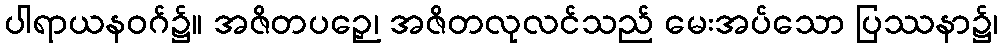
ပါရာယနဝဂ်၌။ အဇိတပဉှေ၊ အဇိတလုလင်သည် မေးအပ်သော ပြဿနာ၌၊